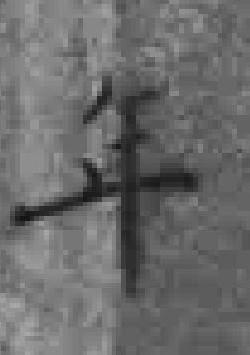
年